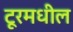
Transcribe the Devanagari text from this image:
टूरमधील